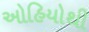
ઓહિયોથી